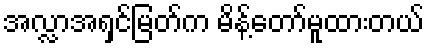
အလ္လာအရှင်မြတ်က မိန့်တော်မူထားတယ်